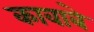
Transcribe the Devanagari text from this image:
कावाबे